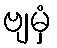
ဗျမှံ